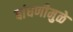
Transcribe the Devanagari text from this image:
बांधणीमुळे